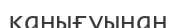
қанығуынан